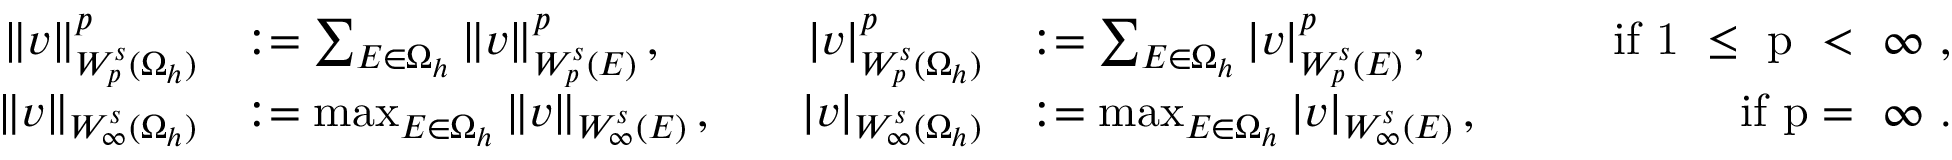
\begin{array} { r l r l r } { \| v \| _ { W _ { p } ^ { s } ( \Omega _ { h } ) } ^ { p } } & { : = \sum _ { E \in \Omega _ { h } } \| v \| _ { W _ { p } ^ { s } ( E ) } ^ { p } \, , } & { \quad | v | _ { W _ { p } ^ { s } ( \Omega _ { h } ) } ^ { p } } & { : = \sum _ { E \in \Omega _ { h } } | v | _ { W _ { p } ^ { s } ( E ) } ^ { p } \, , } & { \qquad \mathrm { i f ~ 1 ~ \leq ~ p ~ < ~ \infty ~ , } } \\ { \| v \| _ { W _ { \infty } ^ { s } ( \Omega _ { h } ) } } & { : = \operatorname* { m a x } _ { E \in \Omega _ { h } } \| v \| _ { W _ { \infty } ^ { s } ( E ) } \, , } & { \quad | v | _ { W _ { \infty } ^ { s } ( \Omega _ { h } ) } } & { : = \operatorname* { m a x } _ { E \in \Omega _ { h } } | v | _ { W _ { \infty } ^ { s } ( E ) } \, , } & { \qquad \mathrm { i f ~ p = ~ \infty ~ . } } \end{array}